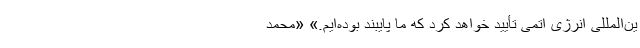
ین‌المللی انرژی اتمی تأیید خواهد کرد که ما پایبند بوده‌ایم.» «محمد